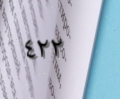
٤٢٢